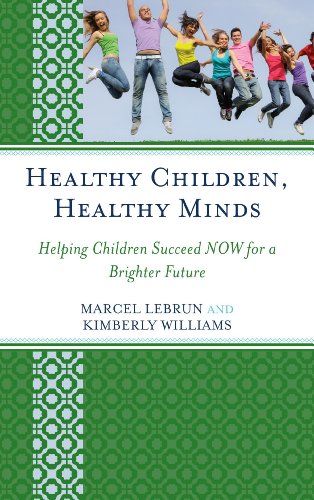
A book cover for Healthy Children, Healthy Minds: Helping Children Succeed NOW for a Brighter Future; Marcel Lebrun; Education & Teaching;